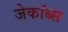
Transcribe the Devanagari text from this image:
जेकॉब्स